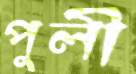
পুলী